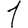
Digit: 1